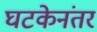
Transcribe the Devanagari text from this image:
घटकेनंतर